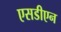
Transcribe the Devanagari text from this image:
एसडीएन